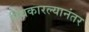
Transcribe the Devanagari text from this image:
स्विकारल्यानंतर